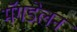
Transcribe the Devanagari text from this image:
मॅगडेलन